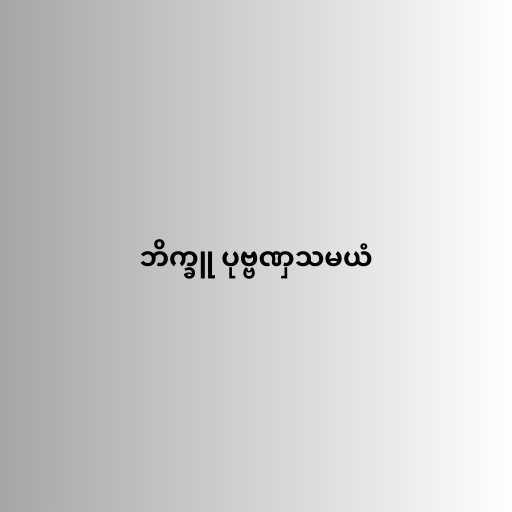
ဘိက္ခူ ပုဗ္ဗဏှသမယံ